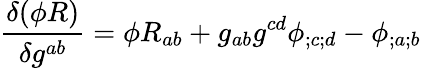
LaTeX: {\frac{\delta(\phi R)}{\delta g^{ab}}}=\phi R_{ab}+g_{ab}g^{cd}\phi_{;c;d}-\phi_{;a;b}